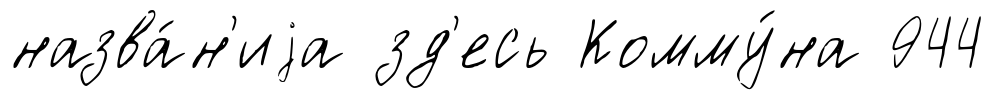
назва́н'иjа зд'есь Комму́на 944